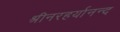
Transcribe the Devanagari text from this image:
श्रीनरहर्यानन्द